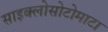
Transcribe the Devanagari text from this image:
साइक्लोसोटोमाटा